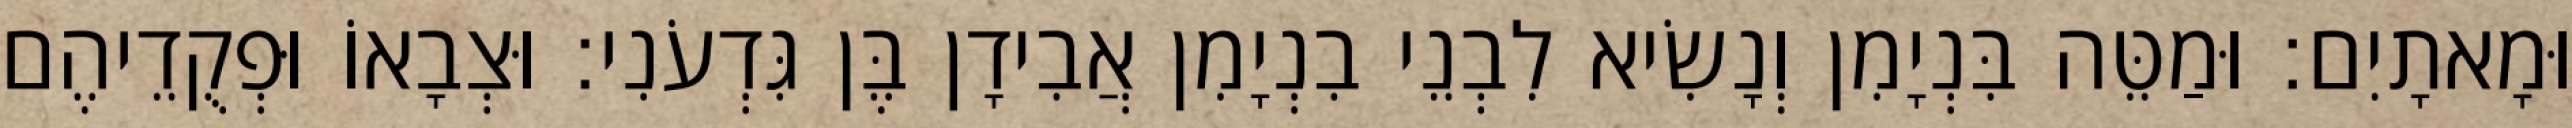
וּמָאתָיִם׃ וּמַטֵּה בִּנְיָמִן וְנָשִׂיא לִבְנֵי בִנְיָמִן אֲבִידָן בֶּן גִּדְעֹנִי׃ וּצְבָאוֹ וּפְקֻדֵיהֶם